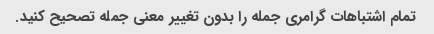
تمام اشتباهات گرامری جمله را بدون تغییر معنی جمله تصحیح کنید.